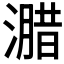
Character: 𭲢